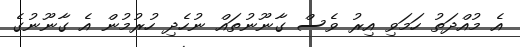
އެ މުއްދަތު ހަމަވި އިރު ވެސް ގާނޫނުތައް ނުހެދި ހުރުމުން އެ ގާނޫނުގެ